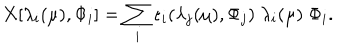
X [ \lambda _ { i } ( \mu ) , \Phi _ { i } ] = \sum _ { i } \epsilon _ { i } ( \lambda _ { j } ( \mu ) , \Phi _ { j } ) \; \lambda _ { i } ( \mu ) \; \Phi _ { i } .